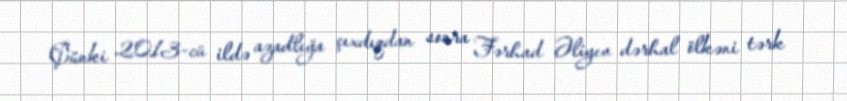
Çünki 2013-cü ildə azadlığa çıxdıqdan sonra Fərhad Əliyev dərhal ölkəni tərk